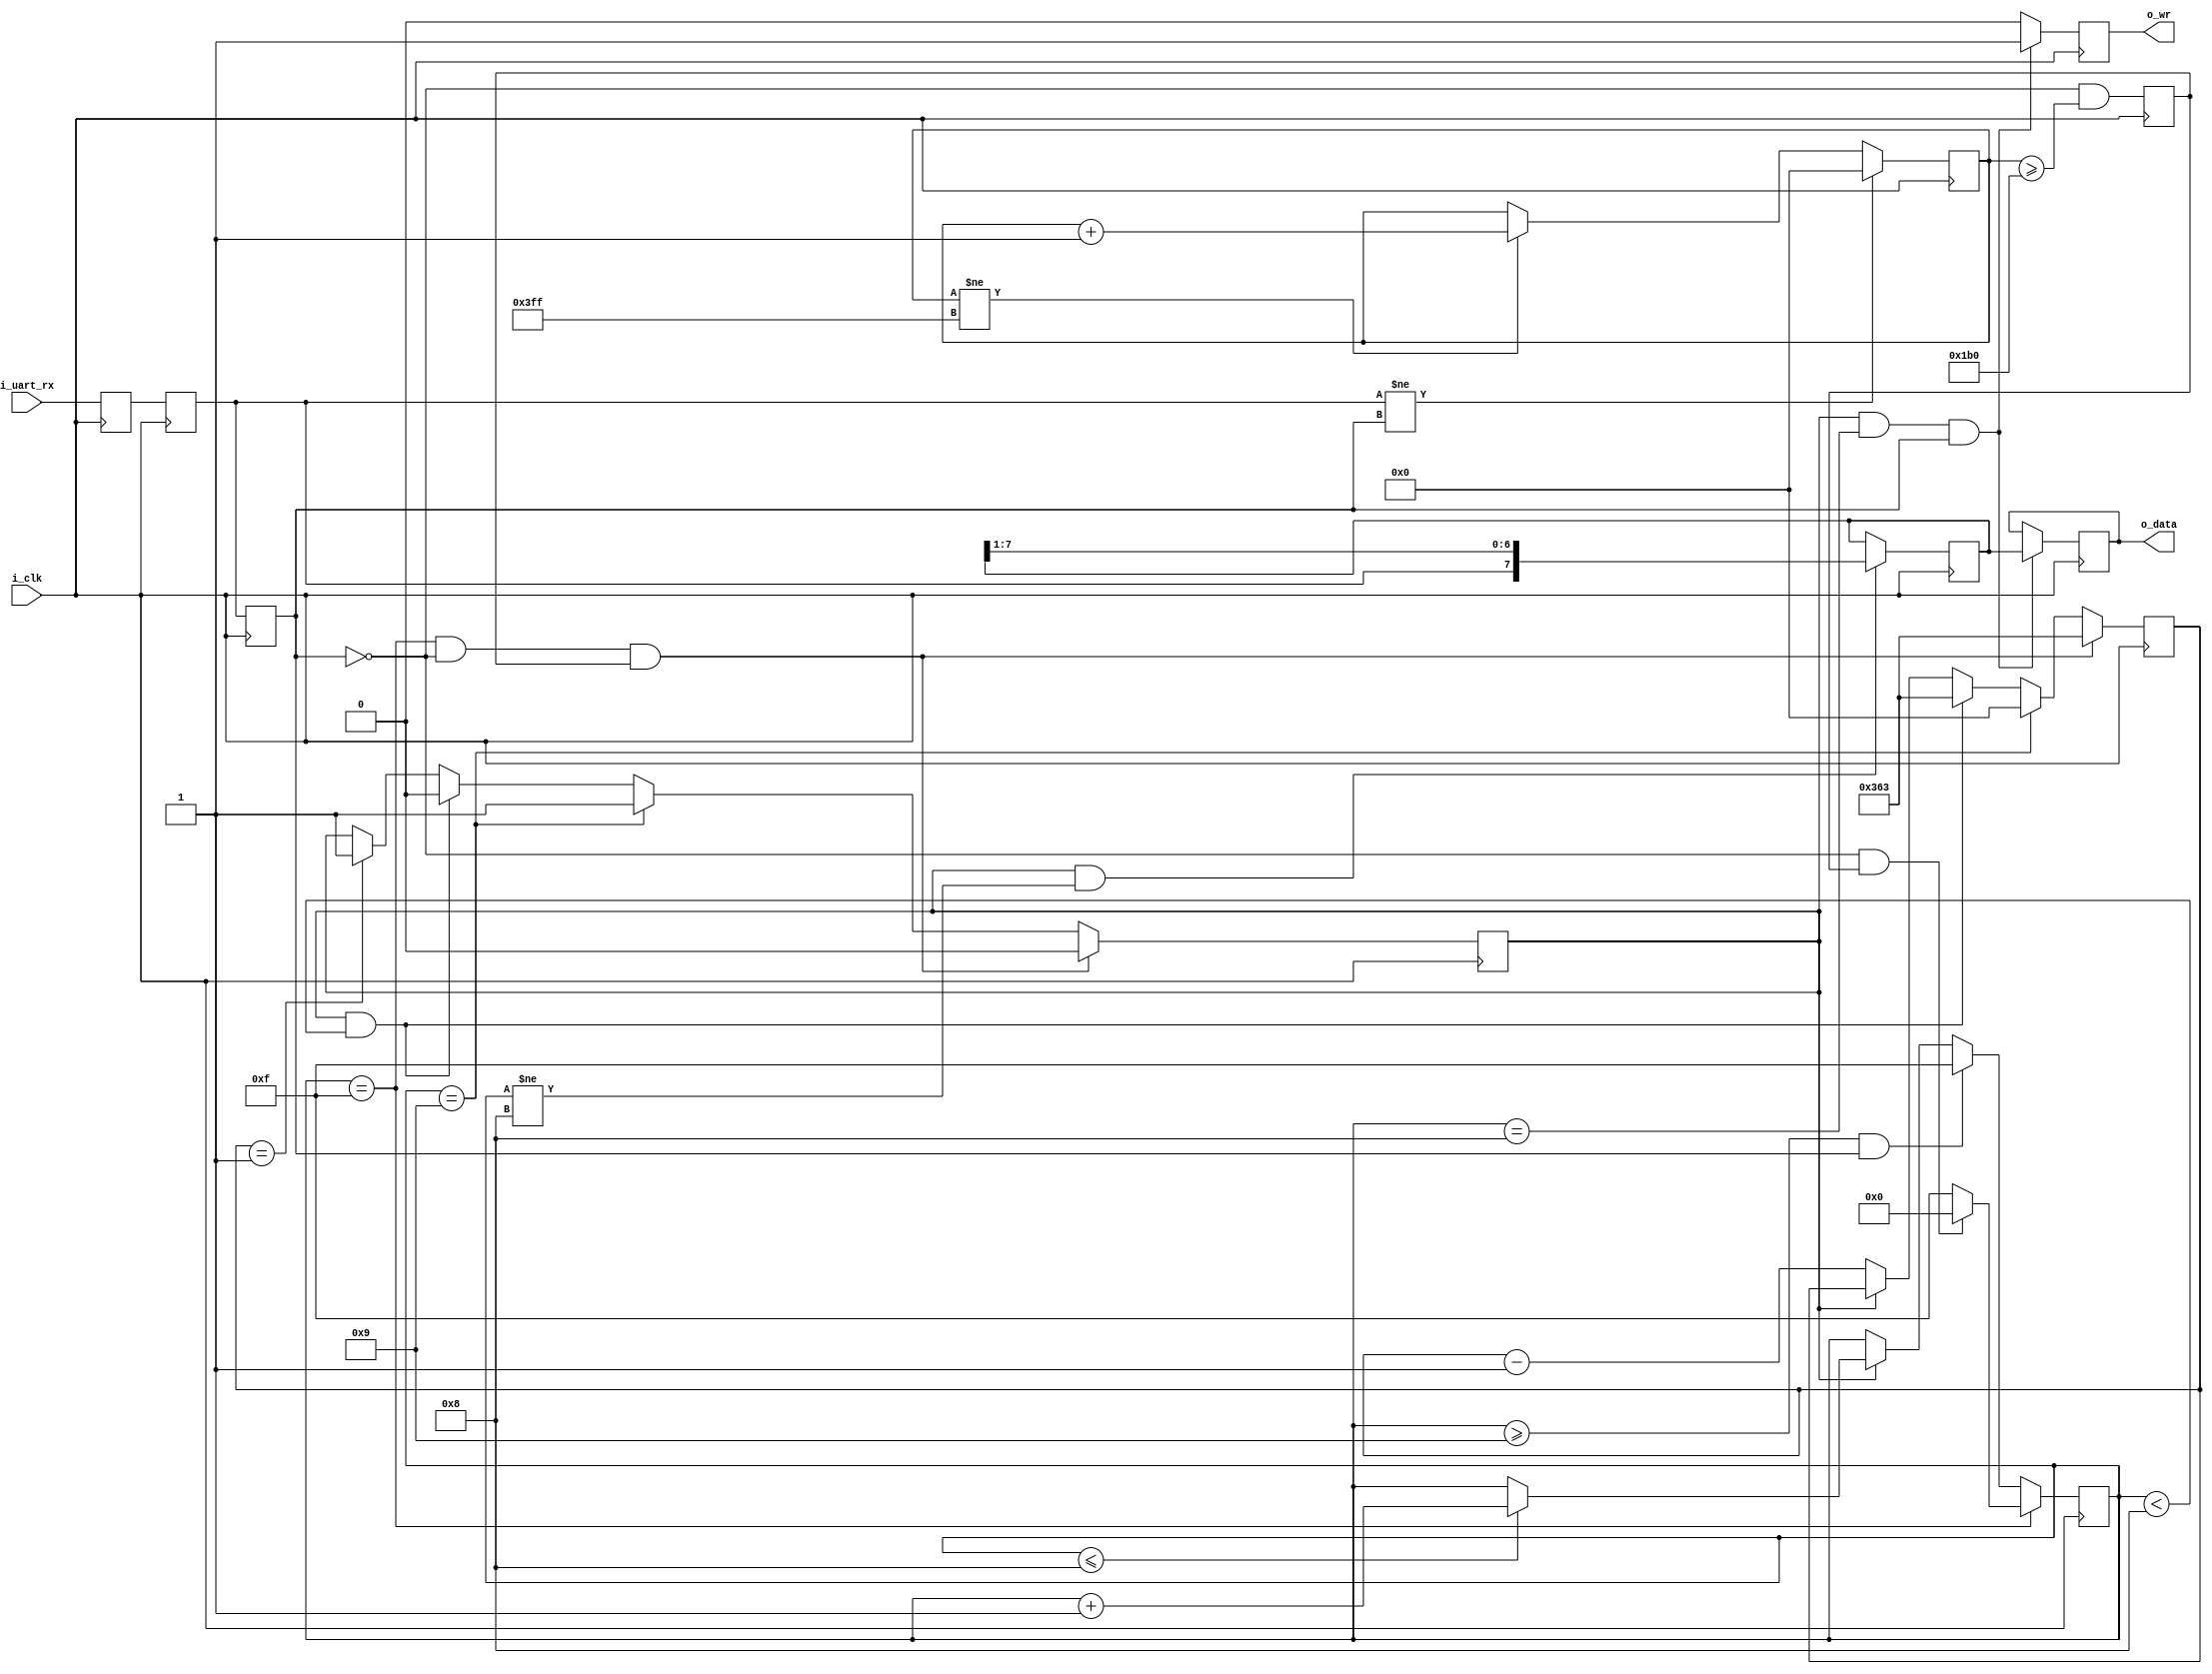
////////////////////////////////////////////////////////////////////////////////
//
//
// Project:	ZipVersa, Versa Brd implementation using ZipCPU infrastructure
//
// Purpose:	Receive and decode inputs from a single UART line.
//
//
//	To interface with this module, connect it to your system clock,
//	and a UART input.  Set the parameter to the number of clocks per
//	baud.  When data becomes available, the o_wr line will be asserted
//	for one clock cycle.
//
//	This interface only handles 8N1 serial port communications.  It does
//	not handle the break, parity, or frame error conditions.
//
//
// Creator:	Dan Gisselquist, Ph.D.
//		Gisselquist Technology, LLC
//
////////////////////////////////////////////////////////////////////////////////
//
// Copyright (C) 2019, Gisselquist Technology, LLC
//
// This program is free software (firmware): you can redistribute it and/or
// modify it under the terms of  the GNU General Public License as published
// by the Free Software Foundation, either version 3 of the License, or (at
// your option) any later version.
//
// This program is distributed in the hope that it will be useful, but WITHOUT
// ANY WARRANTY; without even the implied warranty of MERCHANTIBILITY or
// FITNESS FOR A PARTICULAR PURPOSE.  See the GNU General Public License
// for more details.
//
// You should have received a copy of the GNU General Public License along
// with this program.  (It's in the $(ROOT)/doc directory.  Run make with no
// target there if the PDF file isn't present.)  If not, see
// <http://www.gnu.org/licenses/> for a copy.
//
// License:	GPL, v3, as defined and found on www.gnu.org,
//		http://www.gnu.org/licenses/gpl.html
//
//
////////////////////////////////////////////////////////////////////////////////
//
//
`default_nettype	none
//
`define	RXUL_BIT_ZERO		4'h0
`define	RXUL_BIT_ONE		4'h1
`define	RXUL_BIT_TWO		4'h2
`define	RXUL_BIT_THREE		4'h3
`define	RXUL_BIT_FOUR		4'h4
`define	RXUL_BIT_FIVE		4'h5
`define	RXUL_BIT_SIX		4'h6
`define	RXUL_BIT_SEVEN		4'h7
`define	RXUL_STOP		4'h8
`define	RXUL_WAIT		4'h9
`define	RXUL_IDLE		4'hf

module rxuartlite(i_clk, i_uart_rx, o_wr, o_data);
	parameter			TIMER_BITS = 10;
`ifdef	FORMAL
	parameter  [(TIMER_BITS-1):0]	CLOCKS_PER_BAUD = 16; // Necessary for formal proof
`else
	parameter  [(TIMER_BITS-1):0]	CLOCKS_PER_BAUD = 868;	// 115200 MBaud at 100MHz
`endif
	localparam			TB = TIMER_BITS;
	input	wire		i_clk;
	input	wire		i_uart_rx;
	output	reg		o_wr;
	output	reg	[7:0]	o_data;


	wire	[(TB-1):0]	half_baud;
	reg	[3:0]		state;

	assign	half_baud = { 1'b0, CLOCKS_PER_BAUD[(TB-1):1] };
	reg	[(TB-1):0]	baud_counter;
	reg			zero_baud_counter;


	// Since this is an asynchronous receiver, we need to register our
	// input a couple of clocks over to avoid any problems with 
	// metastability.  We do that here, and then ignore all but the
	// ck_uart wire.
	reg	q_uart, qq_uart, ck_uart;
	initial	q_uart  = 1'b1;
	initial	qq_uart = 1'b1;
	initial	ck_uart = 1'b1;
	always @(posedge i_clk)
		{ ck_uart, qq_uart, q_uart } <= { qq_uart, q_uart, i_uart_rx };

	// Keep track of the number of clocks since the last change.
	//
	// This is used to determine if we are in either a break or an idle
	// condition, as discussed further below.
	reg	[(TB-1):0]	chg_counter;
	initial	chg_counter = {(TB){1'b1}};
	always @(posedge i_clk)
	if (qq_uart != ck_uart)
		chg_counter <= 0;
	else if (chg_counter != { (TB){1'b1} })
		chg_counter <= chg_counter + 1;

	// Are we in the middle of a baud iterval?  Specifically, are we
	// in the middle of a start bit?  Set this to high if so.  We'll use
	// this within our state machine to transition out of the IDLE
	// state.
	reg	half_baud_time;
	initial	half_baud_time = 0;
	always @(posedge i_clk)
		half_baud_time <= (!ck_uart)&&(chg_counter >= half_baud-1'b1-1'b1);


	initial	state = `RXUL_IDLE;
	always @(posedge i_clk)
	if (state == `RXUL_IDLE)
	begin // Idle state, independent of baud counter
		// By default, just stay in the IDLE state
		state <= `RXUL_IDLE;
		if ((!ck_uart)&&(half_baud_time))
			// UNLESS: We are in the center of a valid
			// start bit
			state <= `RXUL_BIT_ZERO;
	end else if ((state >= `RXUL_WAIT)&&(ck_uart))
		state <= `RXUL_IDLE;
	else if (zero_baud_counter)
	begin
		if (state <= `RXUL_STOP)
			// Data arrives least significant bit first.
			// By the time this is clocked in, it's what
			// you'll have.
			state <= state + 1;
	end

	// Data bit capture logic.
	//
	// This is drastically simplified from the state machine above, based
	// upon: 1) it doesn't matter what it is until the end of a captured
	// byte, and 2) the data register will flush itself of any invalid
	// data in all other cases.  Hence, let's keep it real simple.
	reg	[7:0]	data_reg;
	always @(posedge i_clk)
	if ((zero_baud_counter)&&(state != `RXUL_STOP))
		data_reg <= { qq_uart, data_reg[7:1] };

	// Our data bit logic doesn't need nearly the complexity of all that
	// work above.  Indeed, we only need to know if we are at the end of
	// a stop bit, in which case we copy the data_reg into our output
	// data register, o_data, and tell others (for one clock) that data is
	// available.
	//
	initial	o_wr = 1'b0;
	initial	o_data = 8'h00;
	always @(posedge i_clk)
	if ((zero_baud_counter)&&(state == `RXUL_STOP)&&(ck_uart))
	begin
		o_wr   <= 1'b1;
		o_data <= data_reg;
	end else
		o_wr   <= 1'b0;

	// The baud counter
	//
	// This is used as a "clock divider" if you will, but the clock needs
	// to be reset before any byte can be decoded.  In all other respects,
	// we set ourselves up for CLOCKS_PER_BAUD counts between baud
	// intervals.
	initial	baud_counter = 0;
	always @(posedge i_clk)
	if (((state==`RXUL_IDLE))&&(!ck_uart)&&(half_baud_time))
		baud_counter <= CLOCKS_PER_BAUD-1'b1;
	else if (state == `RXUL_WAIT)
		baud_counter <= 0;
	else if ((zero_baud_counter)&&(state < `RXUL_STOP))
		baud_counter <= CLOCKS_PER_BAUD-1'b1;
	else if (!zero_baud_counter)
		baud_counter <= baud_counter-1'b1;

	// zero_baud_counter
	//
	// Rather than testing whether or not (baud_counter == 0) within our
	// (already too complicated) state transition tables, we use
	// zero_baud_counter to pre-charge that test on the clock
	// before--cleaning up some otherwise difficult timing dependencies.
	initial	zero_baud_counter = 1'b1;
	always @(posedge i_clk)
	if ((state == `RXUL_IDLE)&&(!ck_uart)&&(half_baud_time))
		zero_baud_counter <= 1'b0;
	else if (state == `RXUL_WAIT)
		zero_baud_counter <= 1'b1;
	else if ((zero_baud_counter)&&(state < `RXUL_STOP))
		zero_baud_counter <= 1'b0;
	else if (baud_counter == 1)
		zero_baud_counter <= 1'b1;

`ifdef	FORMAL
`define	FORMAL_VERILATOR
`else
`ifdef	VERILATOR
`define	FORMAL_VERILATOR
`endif
`endif

`ifdef	FORMAL
`define ASSUME	assume
`define ASSERT	assert
`ifdef	VERIFIC
	(* gclk *) wire	gbl_clk;
	global clocking @(posedge gbl_clk); endclocking
`endif


	localparam	F_CKRES = 10;

	(* anyseq *) wire	f_tx_start;
	(* anyconst *) wire	[(F_CKRES-1):0]	f_tx_step;
	reg			f_tx_zclk;
	reg	[(TB-1):0]	f_tx_timer;
	wire	[7:0]		f_rx_newdata;
	reg	[(TB-1):0]	f_tx_baud;
	wire			f_tx_zbaud;

	wire	[(TB-1):0]	f_max_baud_difference;
	reg	[(TB-1):0]	f_baud_difference;
	reg	[(TB+3):0]	f_tx_count, f_rx_count;
	(* anyseq *) wire	[7:0]		f_tx_data;



	wire			f_txclk;
	reg	[1:0]		f_rx_clock;
	reg	[(F_CKRES-1):0]	f_tx_clock;
	reg			f_past_valid, f_past_valid_tx;

	initial	f_past_valid = 1'b0;
	always @(posedge i_clk)
		f_past_valid <= 1'b1;

	initial	f_rx_clock = 3'h0;
	always @($global_clock)
		f_rx_clock <= f_rx_clock + 1'b1;

	always @(*)
		assume(i_clk == f_rx_clock[1]);



	///////////////////////////////////////////////////////////
	//
	//
	// Generate a transmitted signal
	//
	//
	///////////////////////////////////////////////////////////


	// First, calculate the transmit clock
	localparam [(F_CKRES-1):0] F_MIDSTEP = { 2'b01, {(F_CKRES-2){1'b0}} };
	//
	// Need to allow us to slip by half a baud clock over 10 baud intervals
	//
	// (F_STEP / (2^F_CKRES)) * (CLOCKS_PER_BAUD)*10 < CLOCKS_PER_BAUD/2
	// F_STEP * 2 * 10 < 2^F_CKRES
	localparam [(F_CKRES-1):0] F_HALFSTEP= F_MIDSTEP/32;
	localparam [(F_CKRES-1):0] F_MINSTEP = F_MIDSTEP - F_HALFSTEP + 1;
	localparam [(F_CKRES-1):0] F_MAXSTEP = F_MIDSTEP + F_HALFSTEP - 1;

	initial assert(F_MINSTEP <= F_MIDSTEP);
	initial assert(F_MIDSTEP <= F_MAXSTEP);

	//	assume((f_tx_step >= F_MINSTEP)&&(f_tx_step <= F_MAXSTEP));
	//
	//
	always @(*) assume((f_tx_step == F_MINSTEP)
			||(f_tx_step == F_MIDSTEP)
			||(f_tx_step == F_MAXSTEP));

	always @($global_clock)
		f_tx_clock <= f_tx_clock + f_tx_step;

	assign	f_txclk = f_tx_clock[F_CKRES-1];
	// 
	initial	f_past_valid_tx = 1'b0;
	always @(posedge f_txclk)
		f_past_valid_tx <= 1'b1;

	initial	assume(i_uart_rx);


	//////////////////////////////////////////////
	//
	//
	// Build a simulated transmitter
	//
	//
	//////////////////////////////////////////////
	//
	// First, the simulated timing generator

	// parameter	TIMER_BITS = 10;
	// parameter [(TIMER_BITS-1):0] CLOCKS_PER_BAUD = 868;
	// localparam	TB = TIMER_BITS;

	always @(*)
	if (f_tx_busy)
		assume(!f_tx_start);

	initial	f_tx_baud = 0;
	always @(posedge f_txclk)
	if ((f_tx_zbaud)&&((f_tx_busy)||(f_tx_start)))
		f_tx_baud <= CLOCKS_PER_BAUD-1'b1;
	else if (!f_tx_zbaud)
		f_tx_baud <= f_tx_baud - 1'b1;

	always @(*)
		`ASSERT(f_tx_baud < CLOCKS_PER_BAUD);

	always @(*)
	if (!f_tx_busy)
		`ASSERT(f_tx_baud == 0);

	assign	f_tx_zbaud = (f_tx_baud == 0);

	// But only if we aren't busy
	initial	assume(f_tx_data == 0);
	always @(posedge f_txclk)
	if ((!f_tx_zbaud)||(f_tx_busy)||(!f_tx_start))
		assume(f_tx_data == $past(f_tx_data));

	// Force the data to change on a clock only
	always @($global_clock)
	if ((f_past_valid)&&(!$rose(f_txclk)))
		assume($stable(f_tx_data));
	else if (f_tx_busy)
		assume($stable(f_tx_data));

	//
	always @($global_clock)
	if ((!f_past_valid)||(!$rose(f_txclk)))
	begin
		assume($stable(f_tx_start));
		assume($stable(f_tx_data));
	end

	//
	//
	//

	reg	[9:0]	f_tx_reg;
	reg		f_tx_busy;

	// Here's the transmitter itself (roughly)
	initial	f_tx_busy   = 1'b0;
	initial	f_tx_reg    = 0;
	always @(posedge f_txclk)
	if (!f_tx_zbaud)
	begin
		`ASSERT(f_tx_busy);
	end else begin
		f_tx_reg  <= { 1'b0, f_tx_reg[9:1] };
		if (f_tx_start)
			f_tx_reg <= { 1'b1, f_tx_data, 1'b0 };
	end

	// Create a busy flag that we'll use
	always @(*)
	if (!f_tx_zbaud)
		f_tx_busy <= 1'b1;
	else if (|f_tx_reg)
		f_tx_busy <= 1'b1;
	else
		f_tx_busy <= 1'b0;

	//
	// Tie the TX register to the TX data
	always @(posedge f_txclk)
	if (f_tx_reg[9])
		`ASSERT(f_tx_reg[8:0] == { f_tx_data, 1'b0 });
	else if (f_tx_reg[8])
		`ASSERT(f_tx_reg[7:0] == f_tx_data[7:0] );
	else if (f_tx_reg[7])
		`ASSERT(f_tx_reg[6:0] == f_tx_data[7:1] );
	else if (f_tx_reg[6])
		`ASSERT(f_tx_reg[5:0] == f_tx_data[7:2] );
	else if (f_tx_reg[5])
		`ASSERT(f_tx_reg[4:0] == f_tx_data[7:3] );
	else if (f_tx_reg[4])
		`ASSERT(f_tx_reg[3:0] == f_tx_data[7:4] );
	else if (f_tx_reg[3])
		`ASSERT(f_tx_reg[2:0] == f_tx_data[7:5] );
	else if (f_tx_reg[2])
		`ASSERT(f_tx_reg[1:0] == f_tx_data[7:6] );
	else if (f_tx_reg[1])
		`ASSERT(f_tx_reg[0] == f_tx_data[7]);

	// Our counter since we start
	initial	f_tx_count = 0;
	always @(posedge f_txclk)
	if (!f_tx_busy)
		f_tx_count <= 0;
	else
		f_tx_count <= f_tx_count + 1'b1;

	always @(*)
	if (f_tx_reg == 10'h0)
		assume(i_uart_rx);
	else
		assume(i_uart_rx == f_tx_reg[0]);

	//
	// Make sure the absolute transmit clock timer matches our state
	//
	always @(posedge f_txclk)
	if (!f_tx_busy)
	begin
		if ((!f_past_valid_tx)||(!$past(f_tx_busy)))
			`ASSERT(f_tx_count == 0);
	end else if (f_tx_reg[9])
		`ASSERT(f_tx_count ==
				    CLOCKS_PER_BAUD -1 -f_tx_baud);
	else if (f_tx_reg[8])
		`ASSERT(f_tx_count ==
				2 * CLOCKS_PER_BAUD -1 -f_tx_baud);
	else if (f_tx_reg[7])
		`ASSERT(f_tx_count ==
				3 * CLOCKS_PER_BAUD -1 -f_tx_baud);
	else if (f_tx_reg[6])
		`ASSERT(f_tx_count ==
				4 * CLOCKS_PER_BAUD -1 -f_tx_baud);
	else if (f_tx_reg[5])
		`ASSERT(f_tx_count ==
				5 * CLOCKS_PER_BAUD -1 -f_tx_baud);
	else if (f_tx_reg[4])
		`ASSERT(f_tx_count ==
				6 * CLOCKS_PER_BAUD -1 -f_tx_baud);
	else if (f_tx_reg[3])
		`ASSERT(f_tx_count ==
				7 * CLOCKS_PER_BAUD -1 -f_tx_baud);
	else if (f_tx_reg[2])
		`ASSERT(f_tx_count ==
				8 * CLOCKS_PER_BAUD -1 -f_tx_baud);
	else if (f_tx_reg[1])
		`ASSERT(f_tx_count ==
				9 * CLOCKS_PER_BAUD -1 -f_tx_baud);
	else if (f_tx_reg[0])
		`ASSERT(f_tx_count ==
				10 * CLOCKS_PER_BAUD -1 -f_tx_baud);
	else
		`ASSERT(f_tx_count ==
				11 * CLOCKS_PER_BAUD -1 -f_tx_baud);


	///////////////////////////////////////
	//
	// Receiver
	//
	///////////////////////////////////////
	//
	// Count RX clocks since the start of the first stop bit, measured in
	// rx clocks
	initial	f_rx_count = 0;
	always @(posedge i_clk)
	if (state == `RXUL_IDLE)
		f_rx_count = (!ck_uart) ? (chg_counter+2) : 0;
	else
		f_rx_count <= f_rx_count + 1'b1;
	always @(posedge i_clk)
	if (state == 0)
		`ASSERT(f_rx_count
				== half_baud + (CLOCKS_PER_BAUD-baud_counter));
	else if (state == 1)
		`ASSERT(f_rx_count == half_baud + 2 * CLOCKS_PER_BAUD
					- baud_counter);
	else if (state == 2)
		`ASSERT(f_rx_count == half_baud + 3 * CLOCKS_PER_BAUD
					- baud_counter);
	else if (state == 3)
		`ASSERT(f_rx_count == half_baud + 4 * CLOCKS_PER_BAUD
					- baud_counter);
	else if (state == 4)
		`ASSERT(f_rx_count == half_baud + 5 * CLOCKS_PER_BAUD
					- baud_counter);
	else if (state == 5)
		`ASSERT(f_rx_count == half_baud + 6 * CLOCKS_PER_BAUD
					- baud_counter);
	else if (state == 6)
		`ASSERT(f_rx_count == half_baud + 7 * CLOCKS_PER_BAUD
					- baud_counter);
	else if (state == 7)
		`ASSERT(f_rx_count == half_baud + 8 * CLOCKS_PER_BAUD
					- baud_counter);
	else if (state == 8)
		`ASSERT((f_rx_count == half_baud + 9 * CLOCKS_PER_BAUD
					- baud_counter)
			||(f_rx_count == half_baud + 10 * CLOCKS_PER_BAUD
					- baud_counter));

	always @(*)
		`ASSERT( ((!zero_baud_counter)
				&&(state == `RXUL_IDLE)
				&&(baud_counter == 0))
			||((zero_baud_counter)&&(baud_counter == 0))
			||((!zero_baud_counter)&&(baud_counter != 0)));

	always @(posedge i_clk)
	if (!f_past_valid)
		`ASSERT((state == `RXUL_IDLE)&&(baud_counter == 0)
			&&(zero_baud_counter));

	always @(*)
	begin
		`ASSERT({ ck_uart,qq_uart,q_uart,i_uart_rx } != 4'h2);
		`ASSERT({ ck_uart,qq_uart,q_uart,i_uart_rx } != 4'h4);
		`ASSERT({ ck_uart,qq_uart,q_uart,i_uart_rx } != 4'h5);
		`ASSERT({ ck_uart,qq_uart,q_uart,i_uart_rx } != 4'h6);
		`ASSERT({ ck_uart,qq_uart,q_uart,i_uart_rx } != 4'h9);
		`ASSERT({ ck_uart,qq_uart,q_uart,i_uart_rx } != 4'ha);
		`ASSERT({ ck_uart,qq_uart,q_uart,i_uart_rx } != 4'hb);
		`ASSERT({ ck_uart,qq_uart,q_uart,i_uart_rx } != 4'hd);
	end

	always @(posedge i_clk)
	if ((f_past_valid)&&($past(state) >= `RXUL_WAIT)&&($past(ck_uart)))
		`ASSERT(state == `RXUL_IDLE);

	always @(posedge i_clk)
	if ((f_past_valid)&&($past(state) >= `RXUL_WAIT)
			&&(($past(state) != `RXUL_IDLE)||(state == `RXUL_IDLE)))
		`ASSERT(zero_baud_counter);

	// Calculate an absolute value of the difference between the two baud
	// clocks
	always @(posedge i_clk)
	if ((f_past_valid)&&($past(state)==`RXUL_IDLE)&&(state == `RXUL_IDLE))
	begin
		`ASSERT(($past(ck_uart))
			||(chg_counter <=
				{ 1'b0, CLOCKS_PER_BAUD[(TB-1):1] }));
	end

	always @(posedge f_txclk)
	if (!f_past_valid_tx)
		`ASSERT((state == `RXUL_IDLE)&&(baud_counter == 0)
			&&(zero_baud_counter)&&(!f_tx_busy));

	wire	[(TB+3):0]	f_tx_count_two_clocks_ago;
	assign	f_tx_count_two_clocks_ago = f_tx_count - 2;
	always @(*)
	if (f_tx_count >= f_rx_count + 2)
		f_baud_difference = f_tx_count_two_clocks_ago - f_rx_count;
	else
		f_baud_difference = f_rx_count - f_tx_count_two_clocks_ago;

	localparam	F_SYNC_DLY = 8;

	reg	[(TB+4+F_CKRES-1):0]	f_sub_baud_difference;
	reg	[F_CKRES-1:0]	ck_tx_clock;
	reg	[((F_SYNC_DLY-1)*F_CKRES)-1:0]	q_tx_clock;
	reg	[TB+3:0]	ck_tx_count;
	reg	[(F_SYNC_DLY-1)*(TB+4)-1:0]	q_tx_count;
	initial	q_tx_count = 0;
	initial	ck_tx_count = 0;
	initial	q_tx_clock = 0;
	initial	ck_tx_clock = 0;
	always @($global_clock)
		{ ck_tx_clock, q_tx_clock } <= { q_tx_clock, f_tx_clock };
	always @($global_clock)
		{ ck_tx_count, q_tx_count } <= { q_tx_count, f_tx_count };


	reg	[TB+4+F_CKRES-1:0]	f_ck_tx_time, f_rx_time;
	always @(*)
		f_ck_tx_time = { ck_tx_count, !ck_tx_clock[F_CKRES-1],
						ck_tx_clock[F_CKRES-2:0] };
	always @(*)
		f_rx_time = { f_rx_count, !f_rx_clock[1], f_rx_clock[0],
						{(F_CKRES-2){1'b0}} };

	reg	[TB+4+F_CKRES-1:0]	f_signed_difference;
	always @(*)
		f_signed_difference = f_ck_tx_time - f_rx_time;

	always @(*)
	if (f_signed_difference[TB+4+F_CKRES-1])
		f_sub_baud_difference = -f_signed_difference;
	else
		f_sub_baud_difference =  f_signed_difference;

	always @($global_clock)
	if (state == `RXUL_WAIT)
		`ASSERT((!f_tx_busy)||(f_tx_reg[9:1] == 0));

	always @($global_clock)
	if (state == `RXUL_IDLE)
	begin
		`ASSERT((!f_tx_busy)||(f_tx_reg[9])||(f_tx_reg[9:1]==0));
		if (!ck_uart)
			;//`PHASE_TWO_ASSERT((f_rx_count < 4)||(f_sub_baud_difference <= ((CLOCKS_PER_BAUD<<F_CKRES)/20)));
		else
			`ASSERT((f_tx_reg[9:1]==0)||(f_tx_count < (3 + CLOCKS_PER_BAUD/2)));
	end else if (state == 0)
		`ASSERT(f_sub_baud_difference
				<=  2 * ((CLOCKS_PER_BAUD<<F_CKRES)/20));
	else if (state == 1)
		`ASSERT(f_sub_baud_difference
				<=  3 * ((CLOCKS_PER_BAUD<<F_CKRES)/20));
	else if (state == 2)
		`ASSERT(f_sub_baud_difference
				<=  4 * ((CLOCKS_PER_BAUD<<F_CKRES)/20));
	else if (state == 3)
		`ASSERT(f_sub_baud_difference
				<=  5 * ((CLOCKS_PER_BAUD<<F_CKRES)/20));
	else if (state == 4)
		`ASSERT(f_sub_baud_difference
				<=  6 * ((CLOCKS_PER_BAUD<<F_CKRES)/20));
	else if (state == 5)
		`ASSERT(f_sub_baud_difference
				<=  7 * ((CLOCKS_PER_BAUD<<F_CKRES)/20));
	else if (state == 6)
		`ASSERT(f_sub_baud_difference
				<=  8 * ((CLOCKS_PER_BAUD<<F_CKRES)/20));
	else if (state == 7)
		`ASSERT(f_sub_baud_difference
				<=  9 * ((CLOCKS_PER_BAUD<<F_CKRES)/20));
	else if (state == 8)
		`ASSERT(f_sub_baud_difference
				<= 10 * ((CLOCKS_PER_BAUD<<F_CKRES)/20));

	always @(posedge i_clk)
	if (o_wr)
		`ASSERT(o_data == $past(f_tx_data,4));

	// always @(posedge i_clk)
	// if ((zero_baud_counter)&&(state != 4'hf)&&(CLOCKS_PER_BAUD > 6))
		// assert(i_uart_rx == ck_uart);

	// Make sure the data register matches
	always @(posedge i_clk)
	// if ((f_past_valid)&&(state != $past(state)))
	begin
		if (state == 4'h0)
			`ASSERT(!data_reg[7]);

		if (state == 4'h1)
			`ASSERT((data_reg[7]
				== $past(f_tx_data[0]))&&(!data_reg[6]));

		if (state == 4'h2)
			`ASSERT(data_reg[7:6]
					== $past(f_tx_data[1:0]));

		if (state == 4'h3)
			`ASSERT(data_reg[7:5] == $past(f_tx_data[2:0]));

		if (state == 4'h4)
			`ASSERT(data_reg[7:4] == $past(f_tx_data[3:0]));

		if (state == 4'h5)
			`ASSERT(data_reg[7:3] == $past(f_tx_data[4:0]));

		if (state == 4'h6)
			`ASSERT(data_reg[7:2] == $past(f_tx_data[5:0]));

		if (state == 4'h7)
			`ASSERT(data_reg[7:1] == $past(f_tx_data[6:0]));

		if (state == 4'h8)
			`ASSERT(data_reg[7:0] == $past(f_tx_data[7:0]));
	end
	////////////////////////////////////////////////////////////////////////
	//
	// Cover properties
	//
	////////////////////////////////////////////////////////////////////////
	//
	always @(posedge i_clk)
		cover(o_wr); // Step 626, takes about 20mins

	always @(posedge i_clk)
	begin
		cover(!ck_uart);
		cover((f_past_valid)&&($rose(ck_uart)));               //  82
		cover((zero_baud_counter)&&(state == `RXUL_BIT_ZERO)); // 110
		cover((zero_baud_counter)&&(state == `RXUL_BIT_ONE));  // 174
		cover((zero_baud_counter)&&(state == `RXUL_BIT_TWO));  // 238
		cover((zero_baud_counter)&&(state == `RXUL_BIT_THREE));// 302
		cover((zero_baud_counter)&&(state == `RXUL_BIT_FOUR)); // 366
		cover((zero_baud_counter)&&(state == `RXUL_BIT_FIVE)); // 430
		cover((zero_baud_counter)&&(state == `RXUL_BIT_SIX));  // 494
		cover((zero_baud_counter)&&(state == `RXUL_BIT_SEVEN));// 558
		cover((zero_baud_counter)&&(state == `RXUL_STOP));     // 622
		cover((zero_baud_counter)&&(state == `RXUL_WAIT));     // 626
	end

`endif
`ifdef	FORMAL_VERILATOR
	// FORMAL properties which can be tested via Verilator as well as
	// Yosys FORMAL
	always @(*)
		assert((state == 4'hf)||(state <= `RXUL_WAIT));
	always @(*)
		assert(zero_baud_counter == (baud_counter == 0)? 1'b1:1'b0);
	always @(*)
		assert(baud_counter <= CLOCKS_PER_BAUD-1'b1);

`endif

endmodule